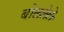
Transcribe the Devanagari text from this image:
बोललेले